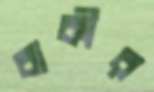
বাকীর